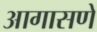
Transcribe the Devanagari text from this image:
आगासणे